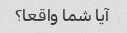
آیا شما واقعا؟